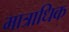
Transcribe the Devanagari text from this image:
मात्राधिक